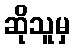
ဆိုသူမှ